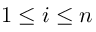
1 \leq i \leq n